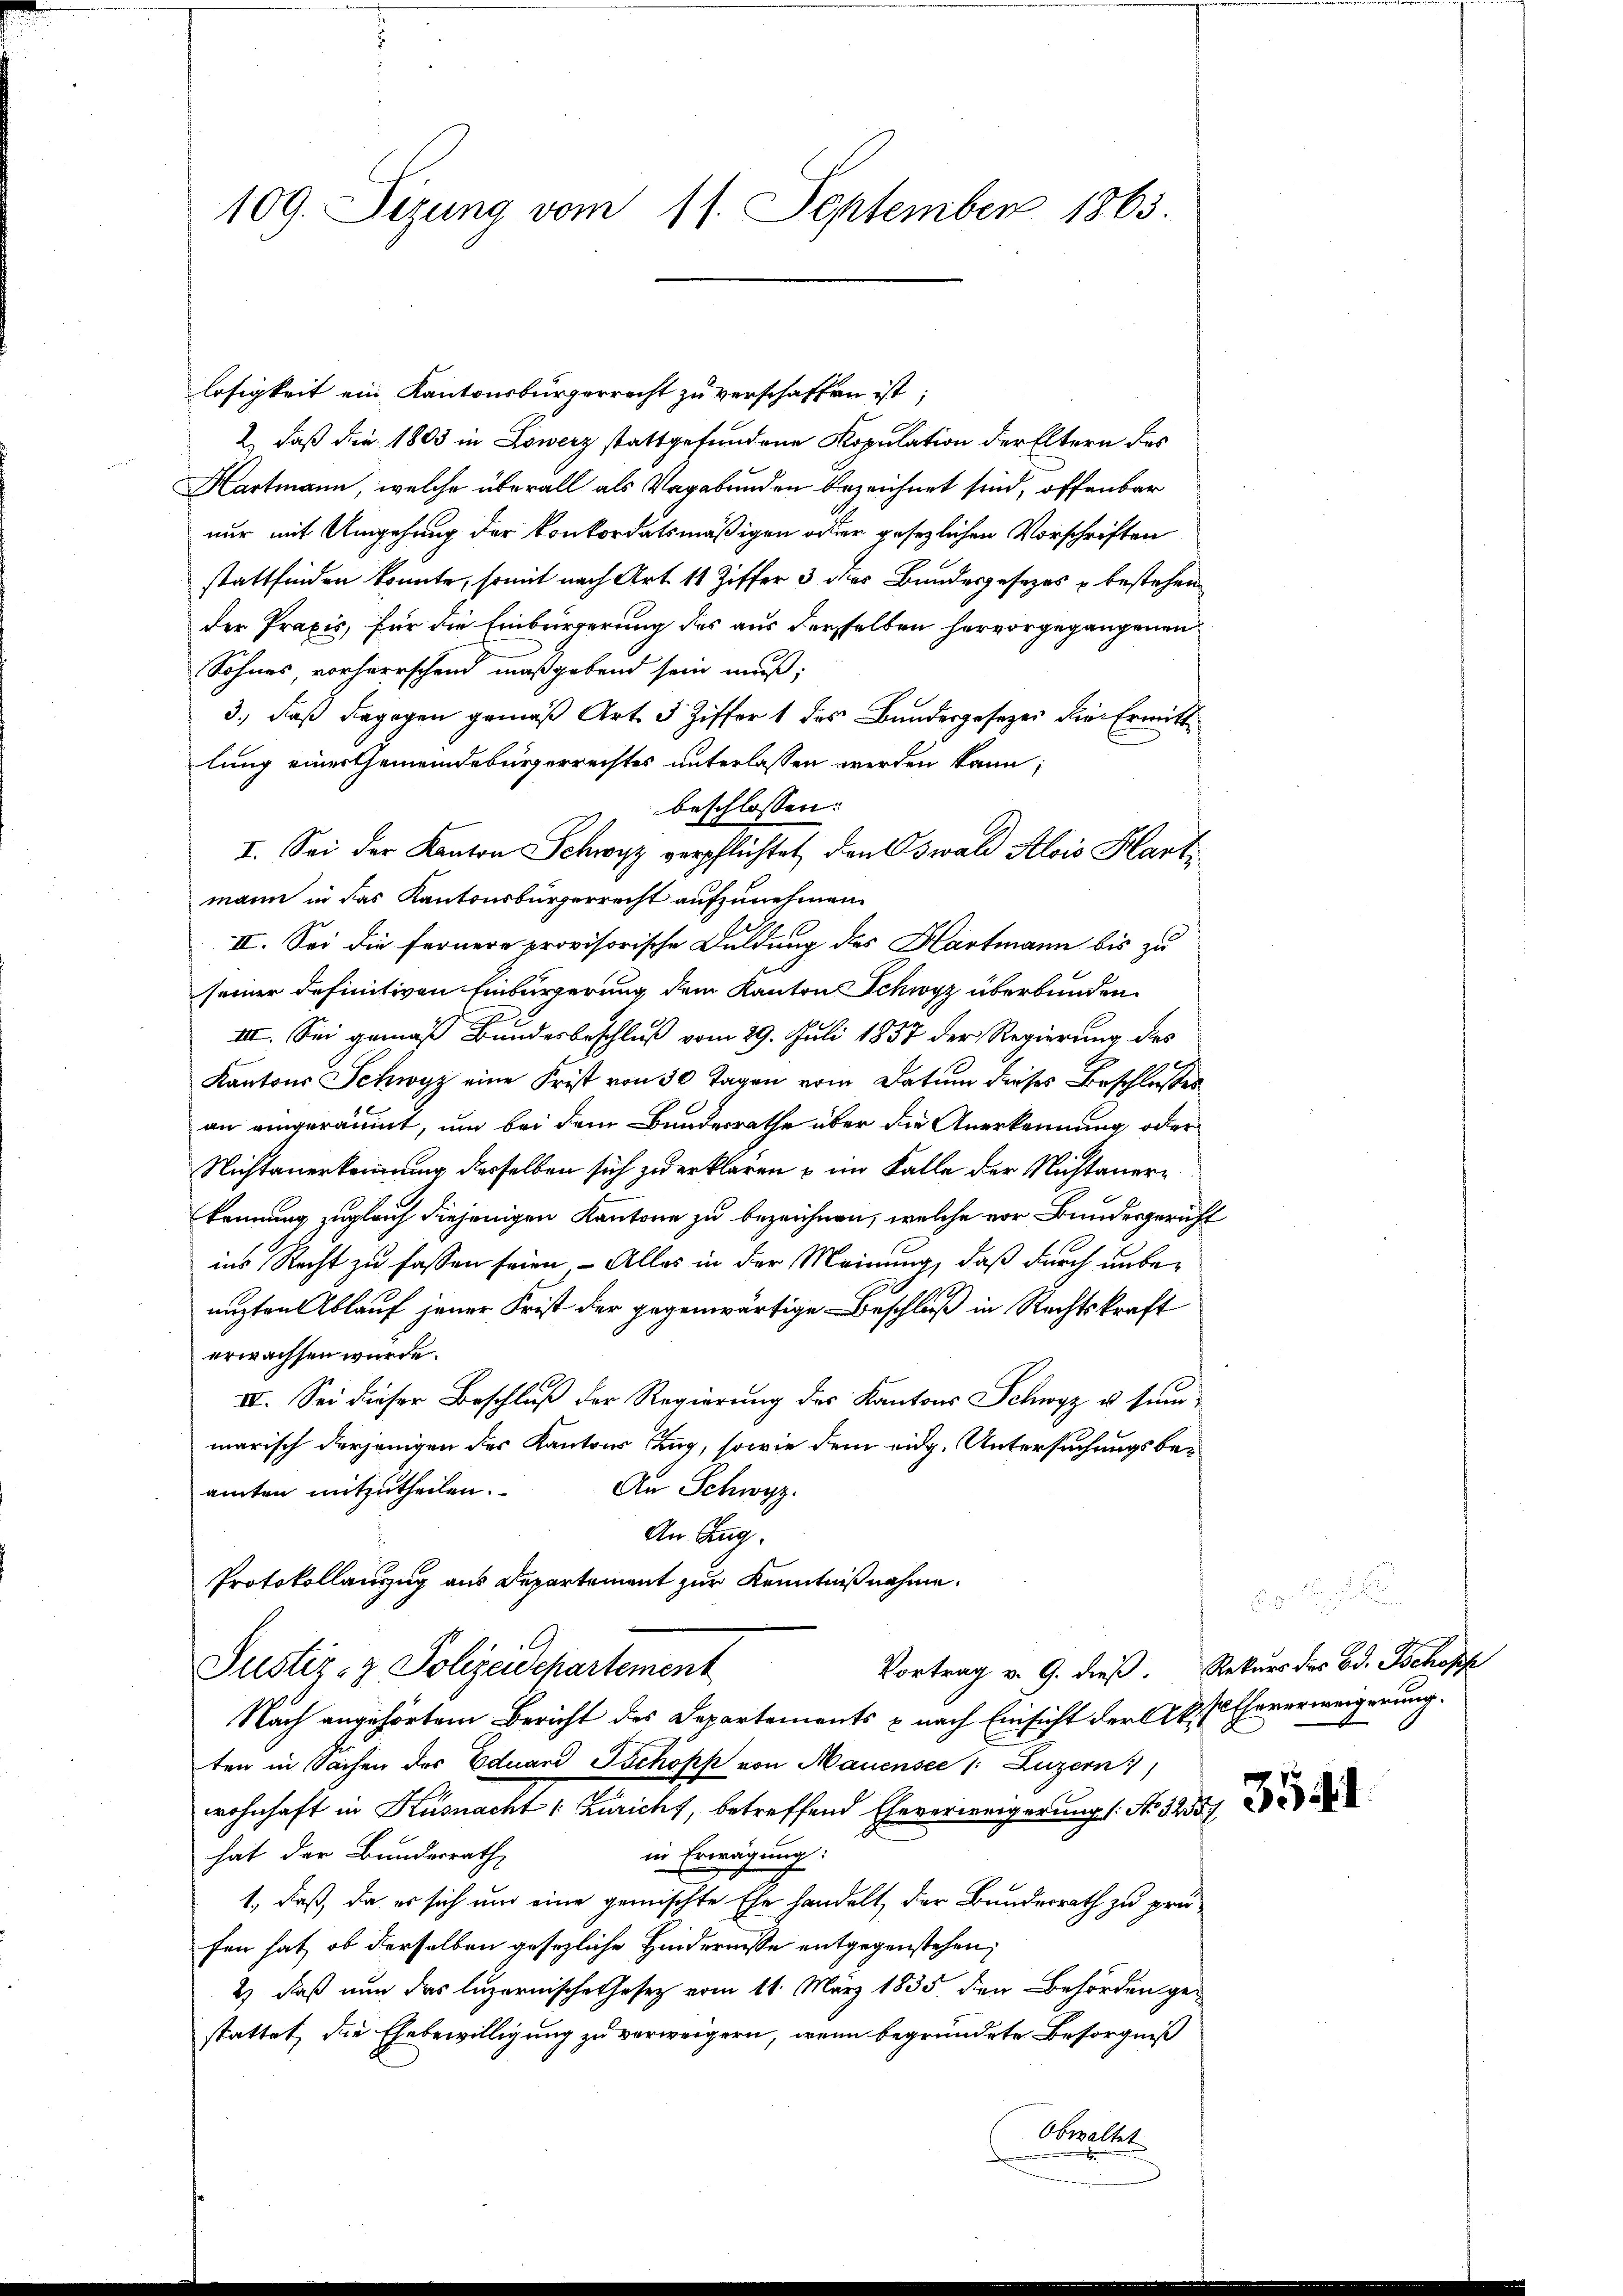
109. Sizung vom 11. September 1863.

losigkeit ein Kantonsbürgerrecht zu verschaffen ist;
2. daß die 1803 in Lowerz stattgefundene Kopulation der Eltern des
Hartmann, welche überall als Vagabunden bezeichnet sind, offenbar
nur mit Umgehung der Konkordatsmäßigen oder gesezlichen Vorschriften
stattfinden konnte, somit nach Art. 11 Ziffer 3 des Bundesgesetzes u bestehen
der Praxis, für die Einbürgerung des aus derselben hervorgegangenen
Sohnes, vorherrschend maßgebend sein muß;
3., daß dagegen gemäß Art. 5 Ziffer 1 des Bundesgesezes die Ermitt
lung einer Gemeindebürgerrechtes unterlassen werden kann;
beschlossen:
II. Sei der Kanton Schwyz verpflichtet, den Oswald Alois Hartmann in das Kantonsbürgerrecht aufzunehmen.
II. Sei die fernere provisorische Duldung des Hartmann bis zu
seiner definitiven Einbürgerung dem Kanton Schwyz überbunden.
III. Sei gemäß Bundesbeschluß vom 29. Juli 1857 der Regierung des
Kantons Schwyz eine Frist von 30 Tagen vom Datum dieses Beschlußes
an eingeräumt, um bei dem Bundesrathe über die Anerkennung oder
Nichtanerkennung desselben sich zu erklären u im Falle der Nichtanerkennung zugleich diejenigen Kantone zu bezeichnen, welche vor Bundesgericht
ins Recht zu fassen seien - Alles in der Meinung, daß durch unbenuzten blauf jener Frist der gegenwärtige Beschluß in Rechtskraft
erwachsen wurde.
IV. Sei dieser Beschluß der Regierung des Kantons Schwyz u. summarisch derjenigen des Kantons Zug, sowie dem eidg. Untersuchungsbe¬
An Schwyz.
amten mitzutheilen.
An. Zug.
Protokollanzug aus Departement zur Kenntnißnahme.
Vortrag v. G. dieß. Rekurs des Bd. Ichopf
Justiz- & Polizeidepartement
Nach angehörtem Bericht des Departements & nach Einsicht der CV. Eheverweigerung.
ten in Sachen des Eduard Ischopp von Mauensee 1: Luzern)
wohnhaft in Küsnacht /: Züricht, betreffend Eheverweigerung (: No 3255
hat der Bundesrath
in Erwägung:
1., daß, da er sich um eine gemischte Ehe handelt, der Bundesrath zu prüfen hat, ob derselben gesezliche Hindernisse entgegenstehen,
2) daß nun das luzernische Gesetz vom 11. März 1835. den Behörden gestattet, die Ehebewilligung zu verweigern, wenn begründete Besorgniß
Obwaltet

3541.